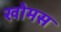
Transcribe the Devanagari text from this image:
खोमस